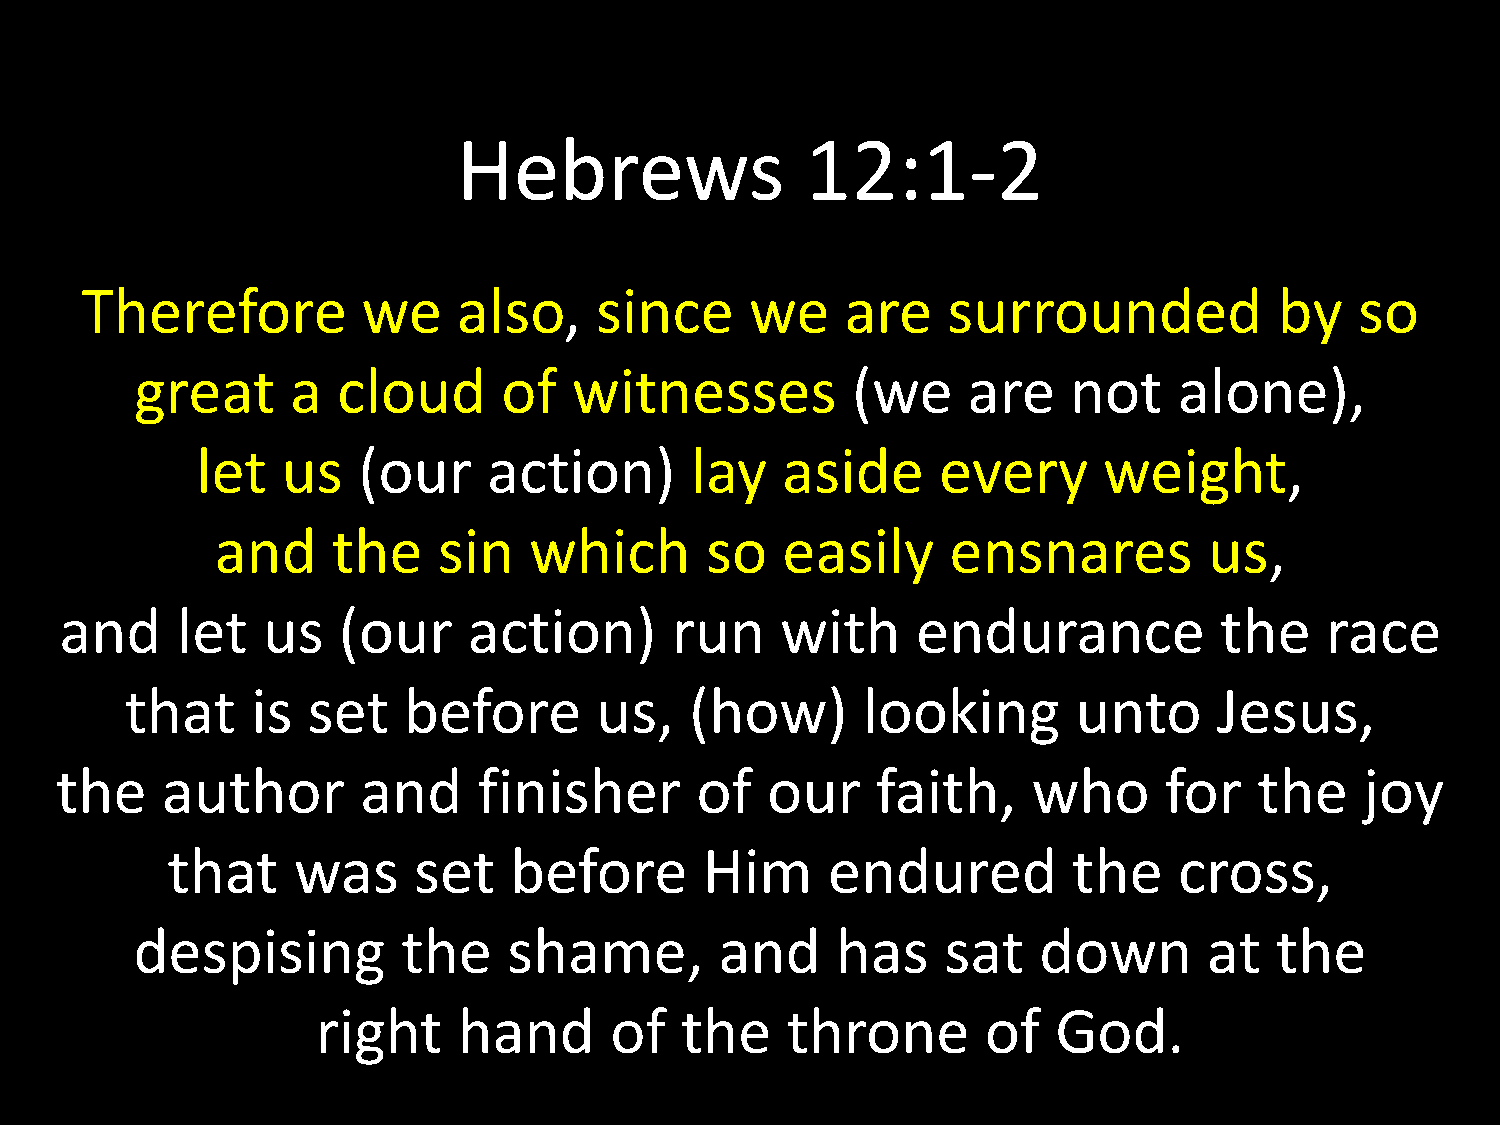
Hebrews                12:1-2
 Therefore          we    also,    since      we    are    surrounded            by   so
 great     a  cloud      of   witnesses         (we     are    not    alone),
 let   us   (our    action)       lay   aside     every      weight,
 and     the    sin   which       so   easily     ensnares         us,
 and     let  us   (our     action)      run     with     endurance           the    race
 that     is set    before      us,    (how)      looking       unto      Jesus,
 the    author       and     finisher      of   our    faith,    who      for   the    joy
 that    was     set    before       Him     endured         the    cross,
 despising         the    shame,        and    has     sat   down       at  the
 right    hand      of   the    throne       of   God.